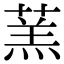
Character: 蓔